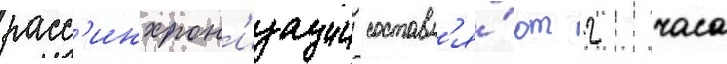
расс'инхрон'изации составл'я́ют 2 часа